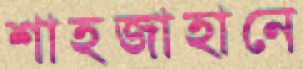
শাহজাহানে